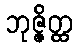
ဘုဇ္ဇိတ္ထ